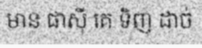
មាន ផាស៊ី គេ ទិញ ដាច់